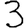
Digit: 3